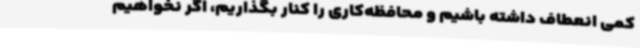
کمی انعطاف داشته باشیم و محافظه‌کاری را کنار بگذاریم، اگر نخواهیم